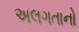
અલગતાનો